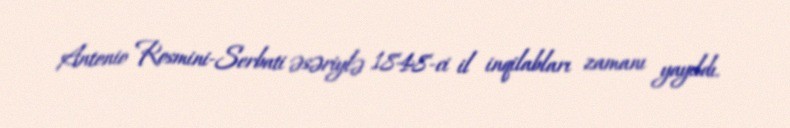
Antonio Rosmini-Serbati əsəriylə 1848-ci il inqilabları zamanı yayıldı.